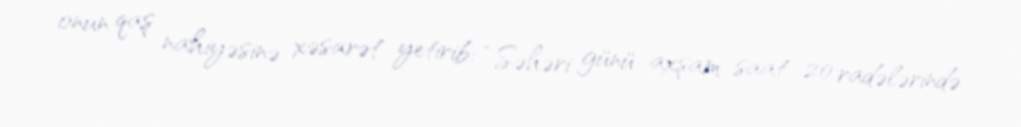
onun qaş nahiyəsinə xəsarət yetirib: “Səhəri günü axşam saat 20 radələrində